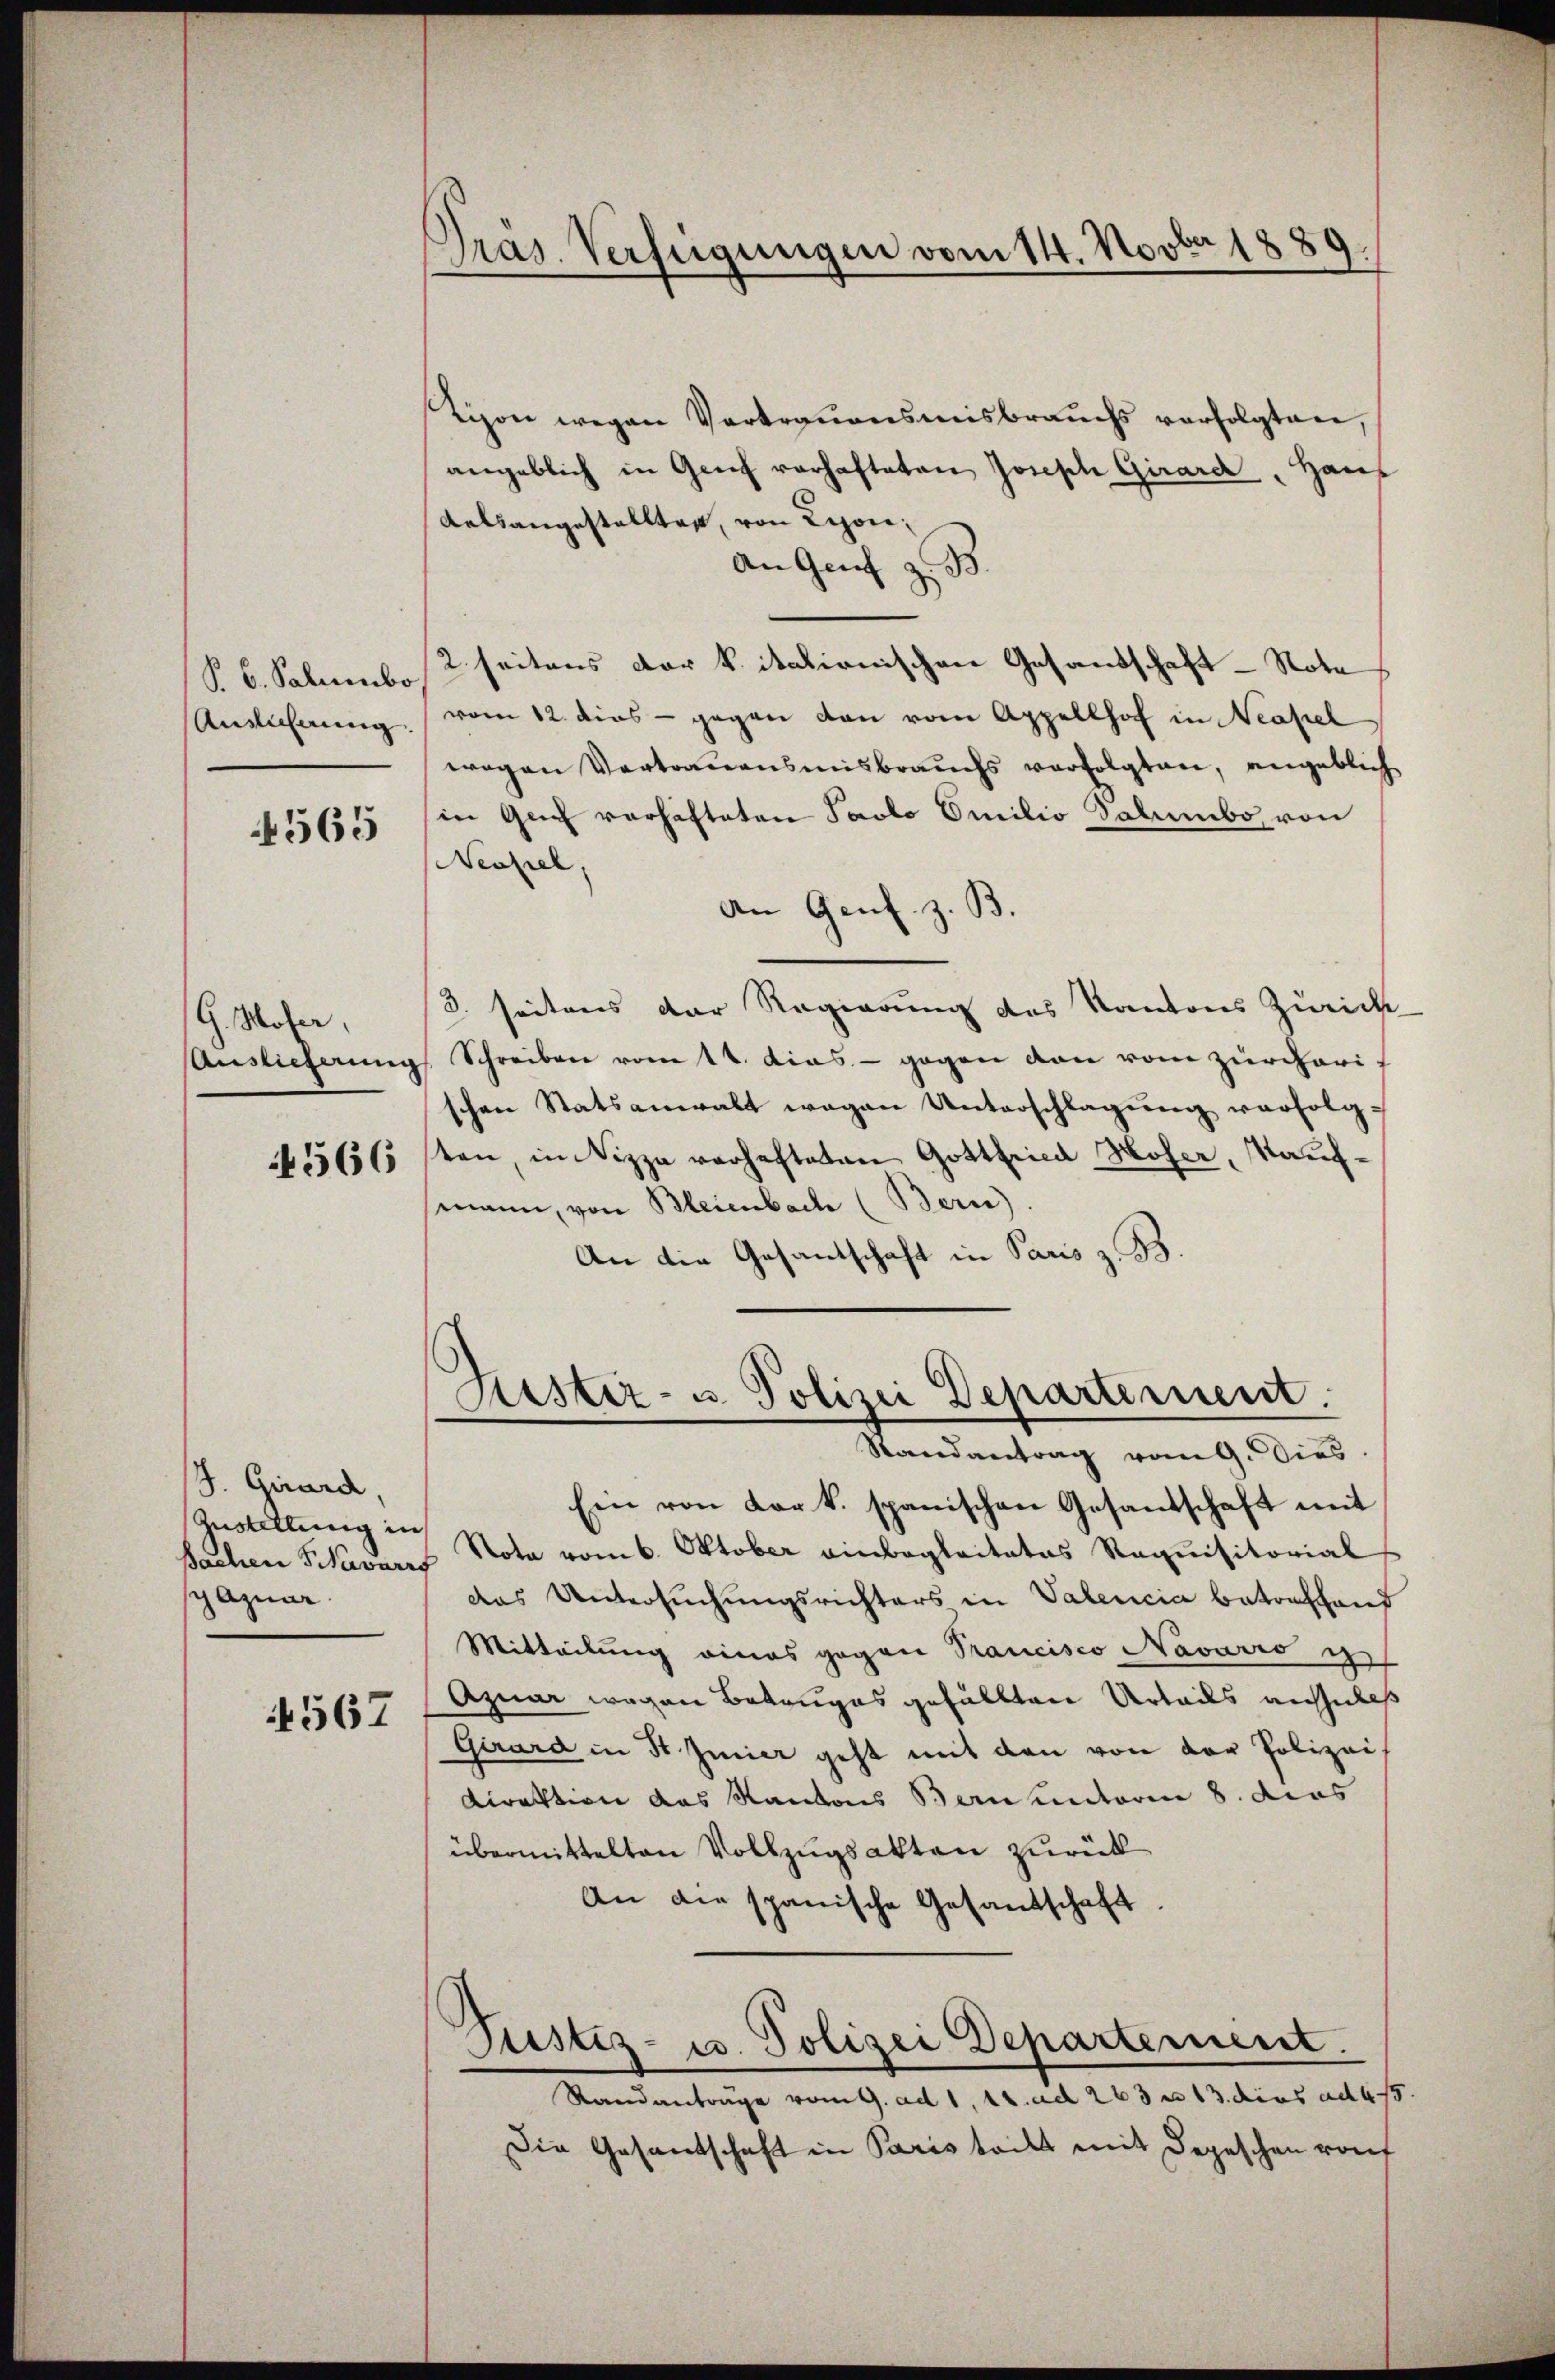
Anslichnung

4565

G. Moser,

S. Girard,
sachen Savarrf
gazuar

14567

Präs. Verfügungen vom 14. Novber 1889

Tipon wegen Vertrauensmisbrauchs verfolgten,
angeblich in Genf vorhafteten Joseph Girard, Haus
Relsangestellten, von Lion¬
An Genf z. B.
§ 6. Sabenso seitens der k. italionischen Gesandschaft - Note
vom 12. dies - gegen den vom Appellhof in Neapel
wegen Vertrauensmisbrauchs verfolgten, angeblich
in Guch vorhäfteten Savlo Emilio dalumbo von
Neapel,
An Genf. z. B.
3. seitens der Regierung des Kantons Zürich
Auslieferung Schreiben vom 14. dies - gegen von vom zürcherischen Statsanwalt wegen Unterschlagung verfolg¬
5656 sten, in Nizza verhafteten Gottfried Hoser, Kaufmann, von Bleienbach (Bern)
An die Gesandschaft in Paris z. B.

Aister- u. Polizei Departement.
Randantrag vom 9. Dies

Ein von der k. spanischen Gesandschaft mit
Zustellung in Nota vom 6. Oktober einbegleitetes Requisitorial
das Untersuchungsrichters in Valencia betrafhand
Mitteilung eines gegen Prancisco Navario e
Azuar wegen Betruges gefällten Urteils aussiles
Girard in 3 Zmier geht mit den von der Polizeis
Direktion das Kantons Bern unteren 8. dies
übermittelten Vollzugsakten zurück
An die spanische Gesandschaft
Justiz- u. Polizei Departement.
Standanträge vom 9. ad 1, 11. ad 263 n 13. dies ad 4
Die Gesandschaft in Paris tritt mit Depeschen rof